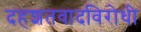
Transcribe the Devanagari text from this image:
दहशतवादविरोधी